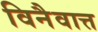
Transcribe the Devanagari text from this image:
विनैवात्त